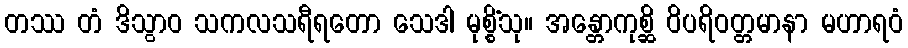
တဿ တံ ဒိသွာဝ သကလသရီရတော သေဒါ မုစ္စိံသု။ အန္တောကုစ္ဆိ ဝိပရိဝတ္တမာနာ မဟာရဝံ